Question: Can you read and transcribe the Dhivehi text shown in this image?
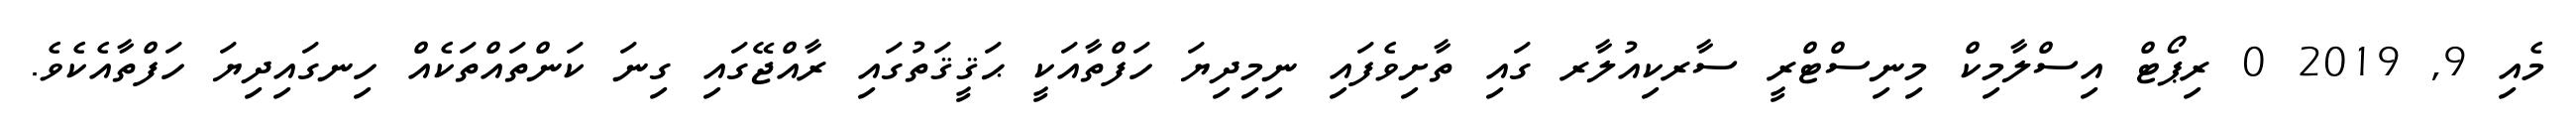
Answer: މެއި 9, 2019 0 ރިޕޯޓް އިސްލާމިކް މިނިސްޓްރީ ސާރކިއުލާރ ގައި ތާށިވެފައި ނިމިދިޔަ ހަފްތާއަކީ ޙަޤީޤަތުގައި ރާއްޖޭގައި ގިނަ ކަންތައްތަކެއް ހިނގައިދިޔަ ހަފްތާއެކެވެ.